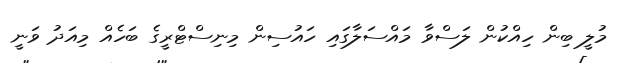
މުލީ ބިން ހިއްކުން ލަސްވާ މައްސަލާގައި ހައުސިން މިނިސްޓްރީގެ ބަހެއް މިއަދު ވަނީ